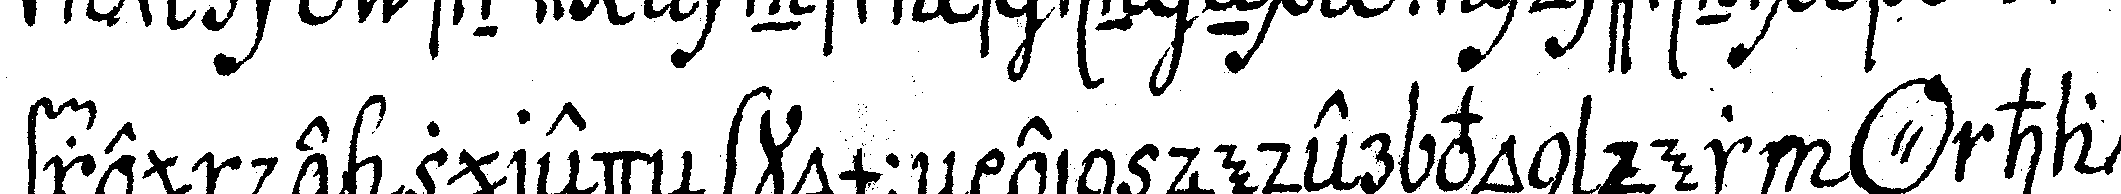
freunde zuredeN kommeN ein jeder von der *o* hat